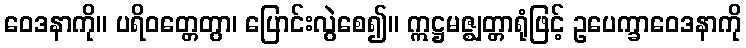
ဝေဒနာကို။ ပရိဝတ္တေတွာ၊ ပြောင်းလွဲစေ၍။ ဣဋ္ဌမဇ္ဈတ္တာရုံဖြင့် ဥပေက္ခာဝေဒနာကို